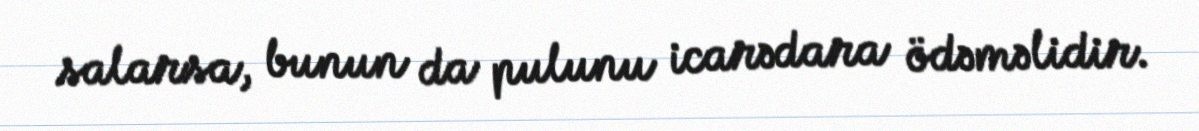
salarsa, bunun da pulunu icarədara ödəməlidir.